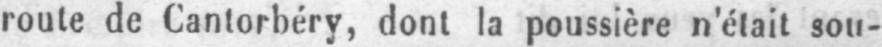
route de Cantorbéry, dont la poussière n’était sou-